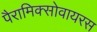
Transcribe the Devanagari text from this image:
पैरामिक्सोवायरस